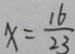
x = \frac { 1 6 } { 2 3 }